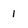
Character: 1